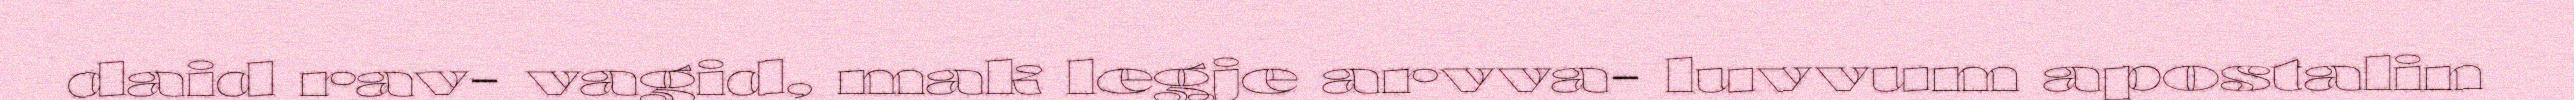
daid rav- vagid, mak legje arvva- luvvum apostalin